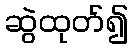
ဆွဲထုတ်၍